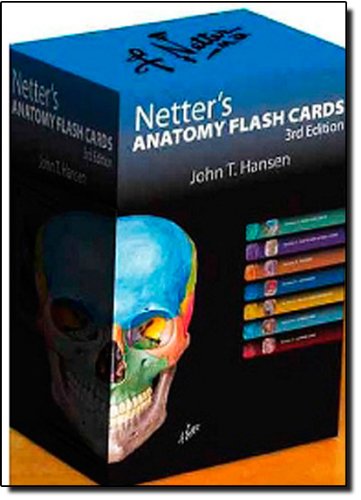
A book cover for Netter's Anatomy Flash Cards: with Online Student Consult Access, 3e (Netter Basic Science); John T. Hansen; Test Preparation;